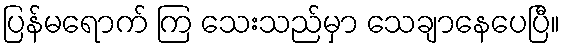
ပြန်မရောက် ကြ သေးသည်မှာ သေချာနေပေပြီ။